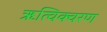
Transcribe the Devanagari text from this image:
ऋत्विक्वरण